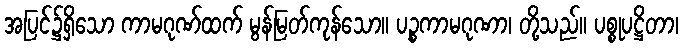
အပြင်၌ရှိသော ကာမဂုဏ်ထက် မွန်မြတ်ကုန်သော။ ပဉ္စကာမဂုဏာ၊ တို့သည်။ ပစ္စုပဋ္ဌိတာ၊